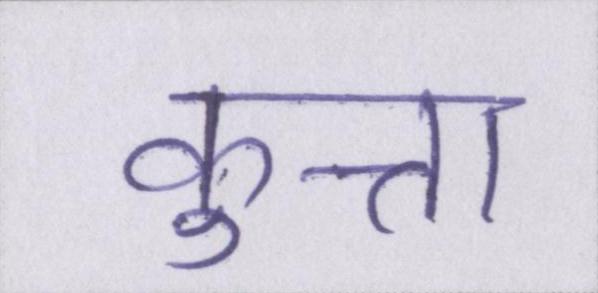
कुत्ता